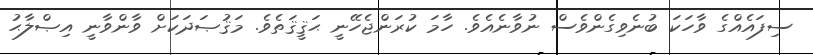
ސިފައެއްގެ ވާހަކަ ބުނެވިގެންވެސް ނުވާނެއެވެ. ހާމަ ކުރަންޖެހޭނީ ޙަޤީޤަތެވެ. މަޤުޞަދަކަށް ވާންވާނީ އިޞްލާޙު